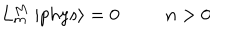
L _ { m } ^ { M } \; | p h y s \rangle = 0 n > 0